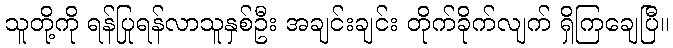
သူတို့ကို ရန်ပြုရန်လာသူနှစ်ဦး အချင်းချင်း တိုက်ခိုက်လျက် ရှိကြချေပြီ။